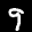
Label: 9